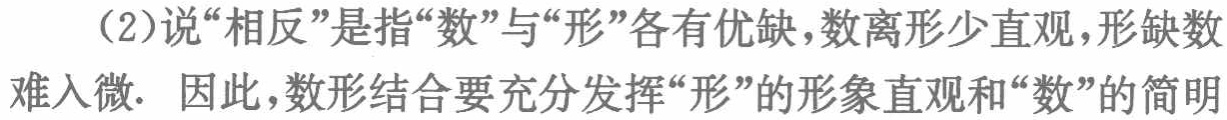
（2）说“相反”是指“数”与“形”各有优缺，数离形少直观，形缺数难入微. 因此，数形结合要充分发挥“形”的形象直观和“数”的简明